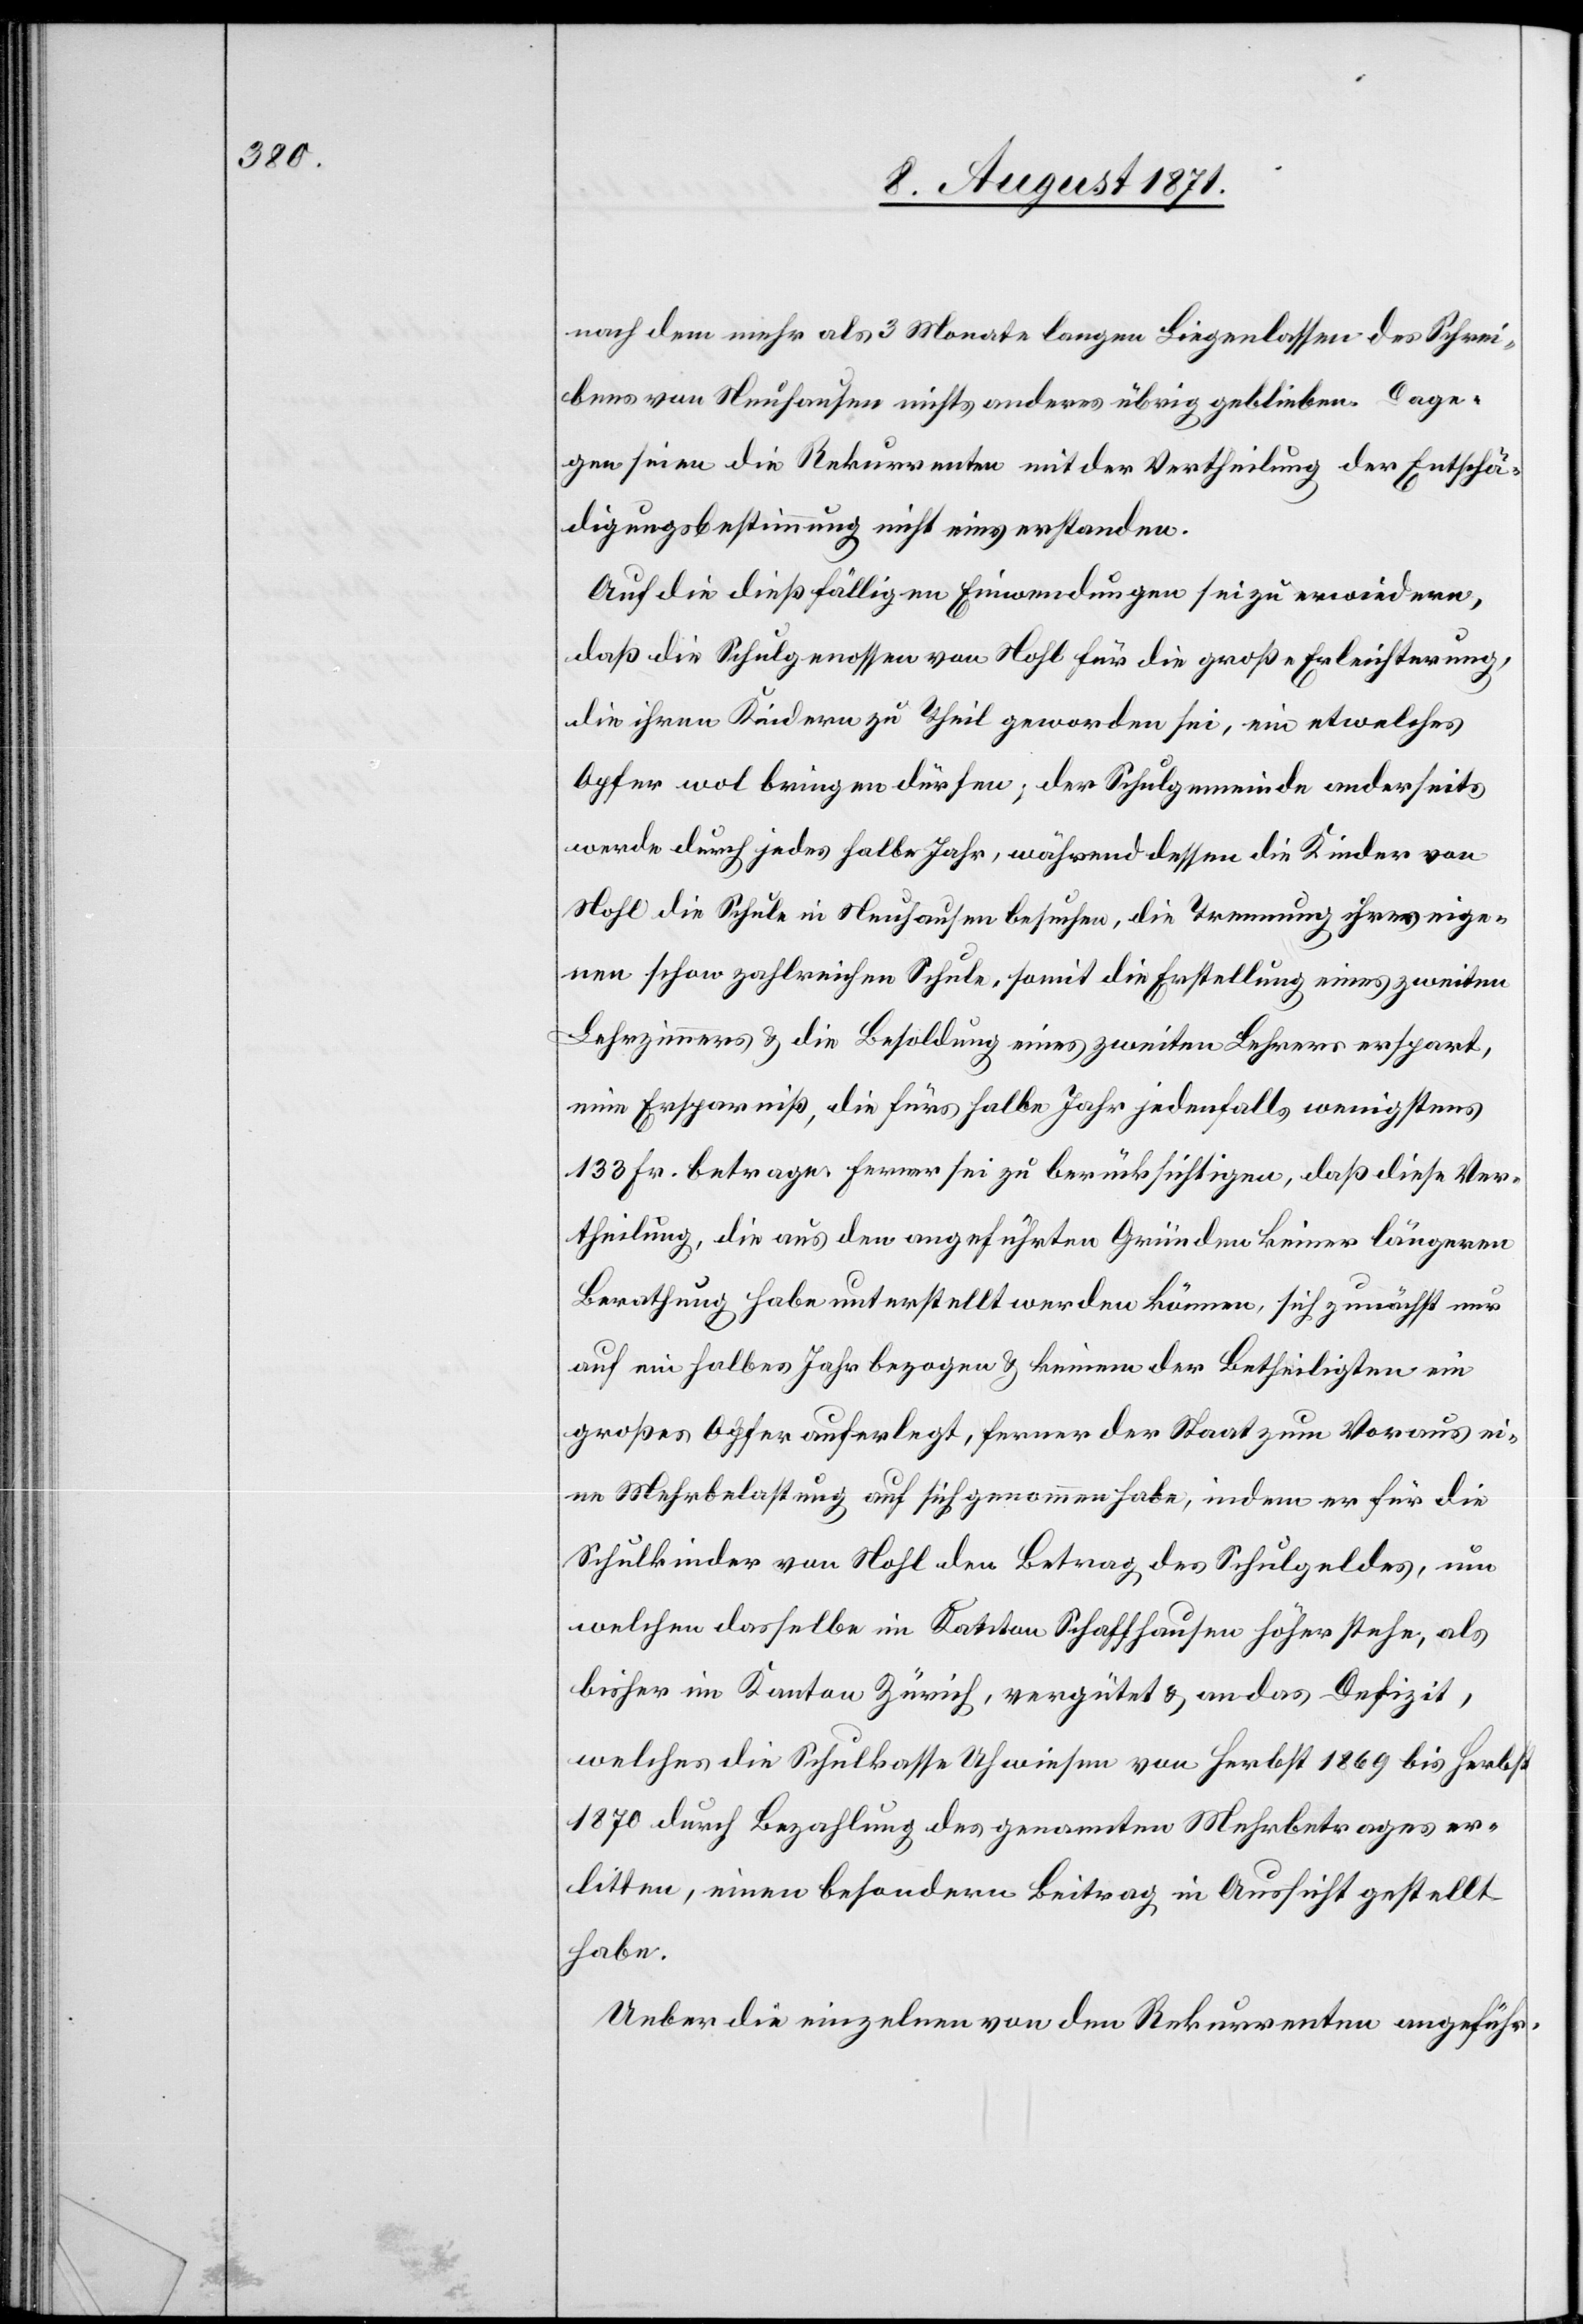
nach dem mehr als 3 Monate langen Liegenlassen des Schrei¬
bens von Neuhausen nichts anderes übrig geblieben. Dage¬
gen seien die Rekurrenten mit der Vertheilung de Entschä¬
digungsbestimmung nicht einverstanden.
Auf die dießfälligen Einwendungen sei zu erwiedern,
daß die Schulgenossen von Nohl für die große Erleichterung,
die ihren Kindern zu Theil geworden sei, ein etwelches
Opfer wol bringen dürfen; der Schulgemeinde anderseits
werde durch jedes halbe Jahr, während dessen die Kinder von
Nohl die Schule in Neuhausen besuchen, die Trennung ihrer eige¬
nen schon zahlreichen Schule, somit die Erstellung eines zweiten
Lehrzimmers u. die Besoldung eines zweiten Lehrers erspart,
eine Ersparniß, die fürs halbe Jahr jedenfalls wenigstens
133 Fr. betrage. Ferner sei zu berücksichtigen, daß diese Ver¬
theilung, die aus den angeführten Gründen keiner längeren
Berathung habe unterstellt werden können, sich zunächst nur
auf ein halbes Jahr bezogen u. keinen der Betheiligten ein
großes Opfer auferlegt, ferner der Staat zum Voraus ei¬
ne Mehrbelastung auf sich genommen habe, indem er für die
Schulkinder von Nohl den Betrag des Schulgeldes, um
welchem dasselbe im Kanton Schaffhausen höher stehe, als
bisher im Kanton Zürich, vergütet u. an das Defizit,
welches die Schulkasse Uhwiesen von Herbst 1869 bis Herbst
1870 durch Bezahlung des genannten Mehrbetrage er¬
bitten, einen besondern Beitrag in Aussicht gestellt
habe.
Ueber die einzelnen von den Rekurrenten angeführ-